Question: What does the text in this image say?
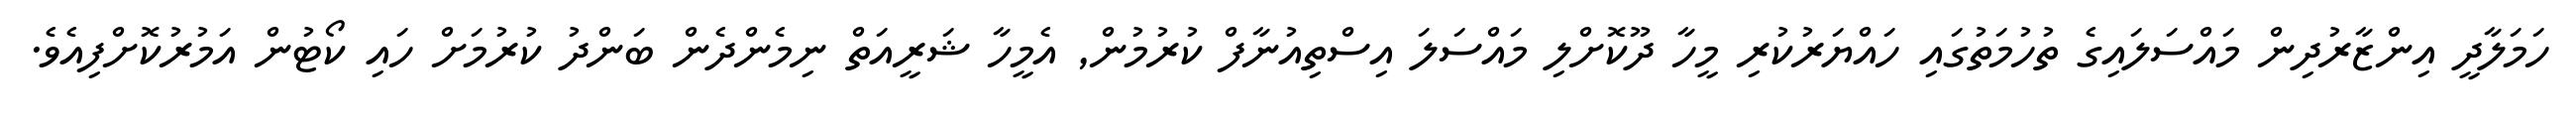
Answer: ހަމަލާދީ އިންޒާރުދިން މައްސަލައިގެ ތުހުމަތުގައި ހައްޔަރުކުރި މީހާ ދޫކޮށްލި މައްސަލަ އިސްތިއުނާފް ކުރުމުން, އެމީހާ ޝަރީއަތް ނިމެންދެން ބަންދު ކުރުމަށް ހައި ކޯޓުން އަމުރުކޮށްފިއެވެ.